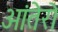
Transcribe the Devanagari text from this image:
आंतेरो